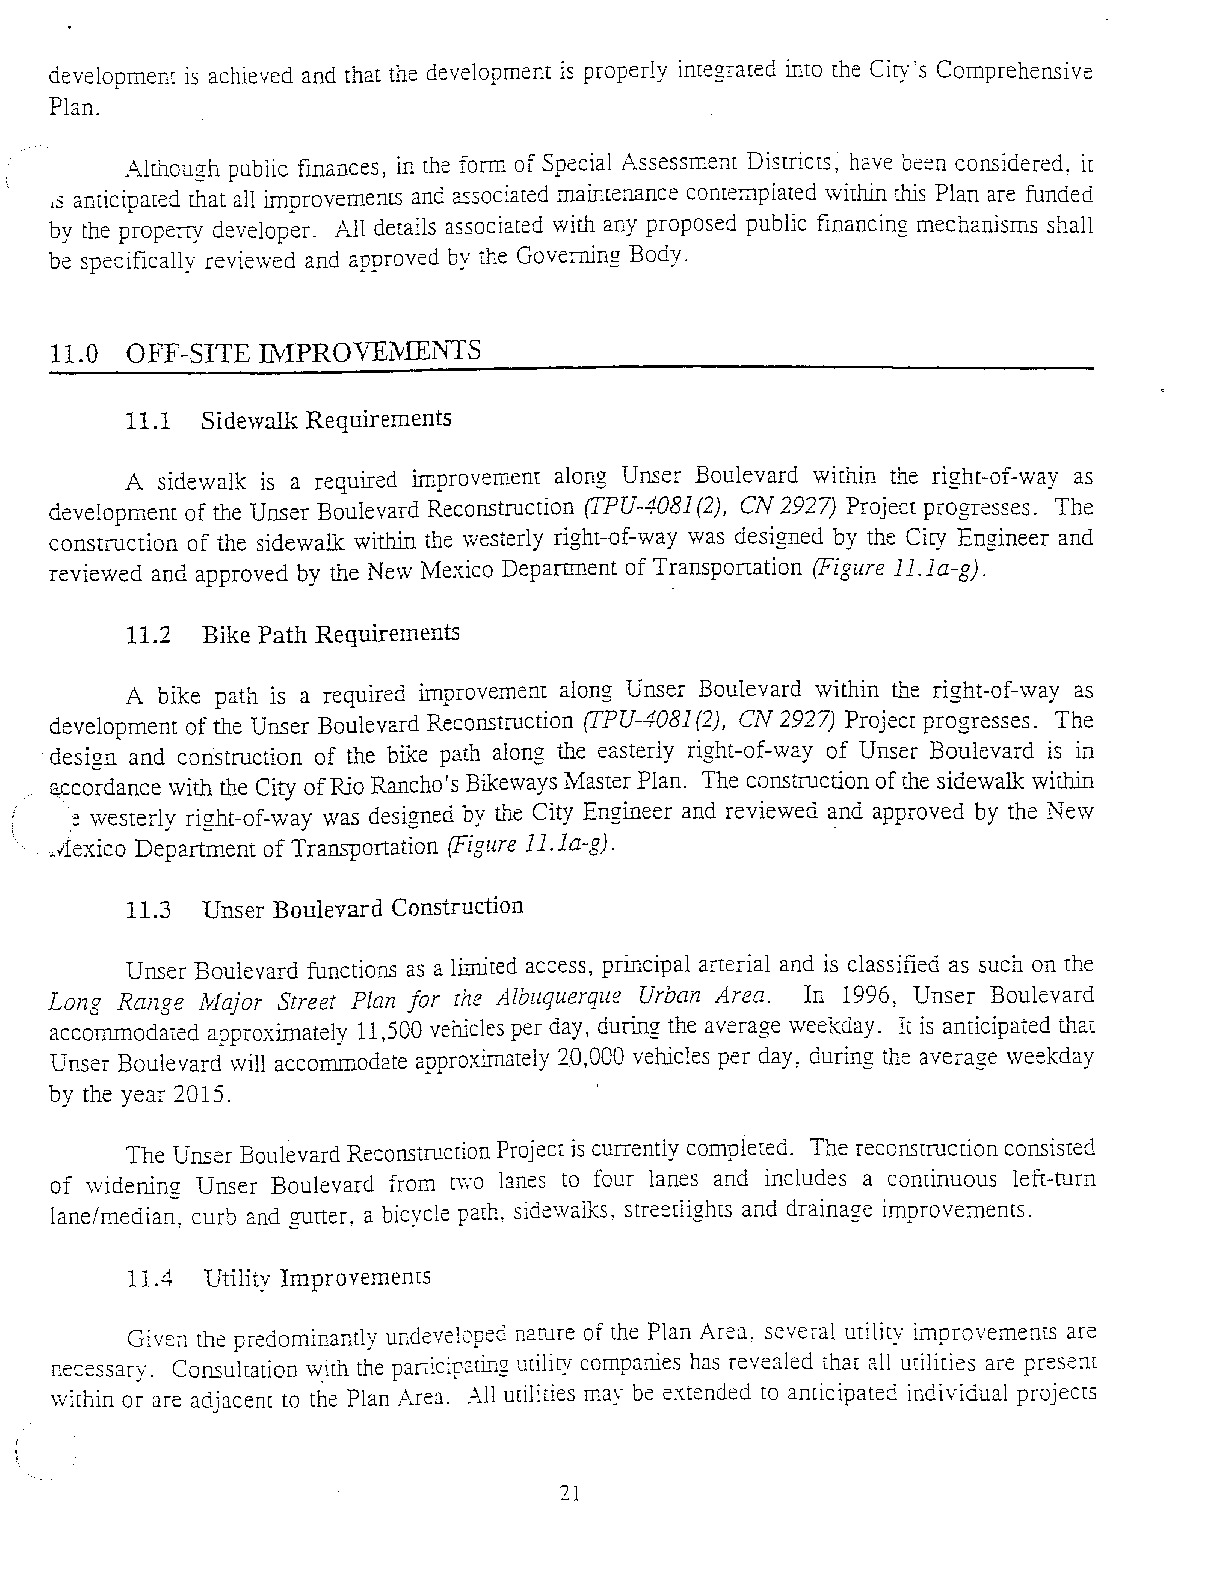
development is achieved and that the development is properly integrated into the City's Comprehensive
 Plan.
 A..lthough public finances, in the form of Spe~ial Assessment Districts, have been considered~ it
 15 anticipated that all improvementS and associared maintenance contemplated \vithin this Plan are funded
 by the property developer. All details associated with any proposed public financing mechanisms shall
 be specifically reviewed and approved by the Governing Body.
 11.0 OFF-SITE INlPROVnI'vIENlS
 11.1 Sidewalk Requirements
 A sidewalk is a required improvement along Unser Boulevard within the right-of-way as
 development of the Unser Boulevard Reconstruction (I'PU-40B1 (2), CN 2927) Project progresses. The
 construction of the sidewalk within the westerly right-of-way was designed by the City Engineer and
 reviewed and approved by the New lYfexico Department of Transportation (Figure 11.1a-g).
 11.2 Bike Path Requirements
 A bike path is a required improvement along Unser Boulevard within the right-of-way as
 development of the Unser Boulevard Reconstruction (IPU-40B1 (2), C1V 2927) Project progresses. The
 design and construction of the bike path along the easterly right-of-way of Unser Boulevard is in
 accordance with the City of Rio Rancho s Bikeways fvfaster Plan. The construction of the sidewalk within
 I
 :! \vesterly right-of-way was designed by the City Engineer and reviewed and approved by the New
 dfexico Department of Transportation (Figure 11. la-g) . .
 11.3 Unser Bouleyard Construction
 Unser Boulevard functions as a limited access, principal arterial and is classified as such on the
 Long Range JvJajor Street Plan for rhe Albuquerque Urban Area. In 1996, Unser Boulevard
 accommodated approximately 11,500 vehicles per day, during the average \veekday. Ie is anticipated that
 "Unser Boulevard will accommodate approximately 2.0,000 vehicles per day ~ during the average weekday
 by the year 2015.
 The Unser Boulevard Reconstruction Project is currently completed. The reconstruction consisted
 of \vidernng Unser Boulevard from nvo lanes to four lanes and includes a continuous len-turn
 lane/median~ curb and gutter, a bicycle path, sidewalks, streetlights and drainage improvements.
 11.4 Utility Improvements
 Given the predominantly undeveloped n2rure of the Plan Are:::t, several utility improvements are
 necessary. Consultation w.ith the panicip2[ing uriliry comp:::tnies has revealed that all urilities are present
 \vithin or are adjacem to the Plan Area. All utilities may be extended to anticipated individual projects
 21